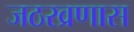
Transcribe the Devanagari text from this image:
जठरव्रणास